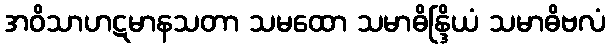
အဝိသာဟဋမာနသတာ သမထော သမာဓိန္ဒြိယံ သမာဓိဗလံ